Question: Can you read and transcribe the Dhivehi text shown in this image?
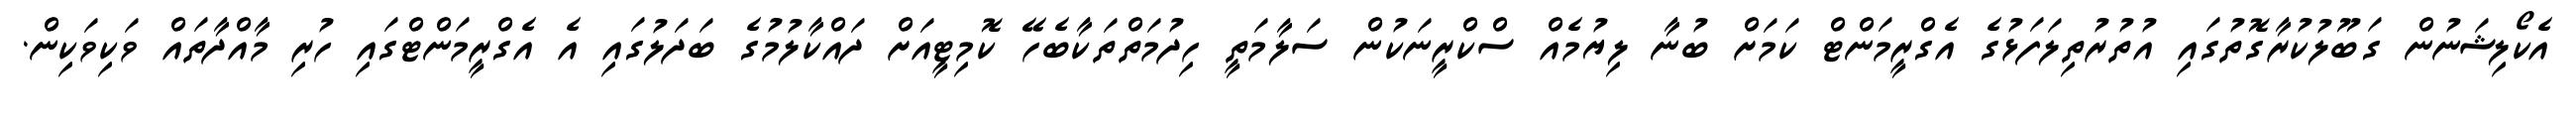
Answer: އެކޯލިޝަނުން ގަބޫލުކުރާގޮތުގައި އުތުރުތިލަފަޅުގެ އެގްރީމަންޓް ކަމަށް ބުނާ ލިޔުމެއް ސްކްރީނަކުން ސަލާމަތީ ހިދުމަތްތަކާބެހޭ ކޮމިޓީއަށް ދައްކާލުމުގެ ބަދަލުގައި އެ އެގްރީމަންޓްގައި ހުރި މާއްދާތައް ވަކިވަކިން.